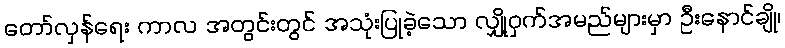
တော်လှန်ရေး ကာလ အတွင်းတွင် အသုံးပြုခဲ့သော လျှို့ဝှက်အမည်များမှာ ဦးနောင်ချို၊